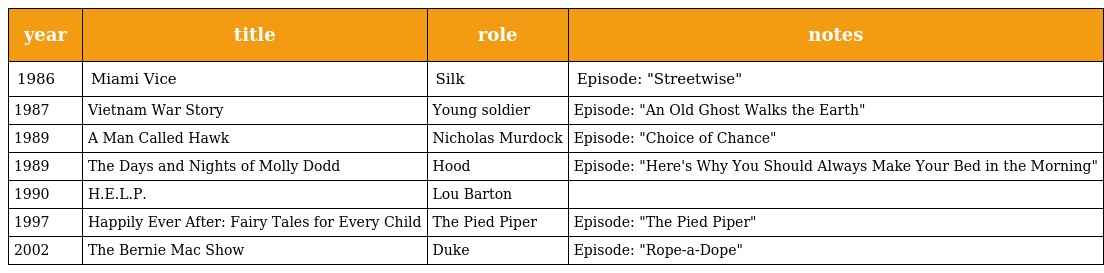
| year | title | role | notes |
 | --- | --- | --- | --- |
 | 1986 | Miami Vice | Silk | Episode: "Streetwise" |
 | 1987 | Vietnam War Story | Young soldier | Episode: "An Old Ghost Walks the Earth" |
 | 1989 | A Man Called Hawk | Nicholas Murdock | Episode: "Choice of Chance" |
 | 1989 | The Days and Nights of Molly Dodd | Hood | Episode: "Here's Why You Should Always Make Your Bed in the Morning" |
 | 1990 | H.E.L.P. | Lou Barton |  |
 | 1997 | Happily Ever After: Fairy Tales for Every Child | The Pied Piper | Episode: "The Pied Piper" |
 | 2002 | The Bernie Mac Show | Duke | Episode: "Rope-a-Dope" |